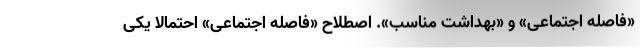
«فاصله اجتماعی» و «بهداشت مناسب». اصطلاح «فاصله اجتماعی» احتمالا یکی